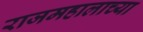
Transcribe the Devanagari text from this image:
राजमहालाच्या